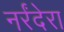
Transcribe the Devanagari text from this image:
नर्रंदेरा